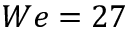
W e = 2 7